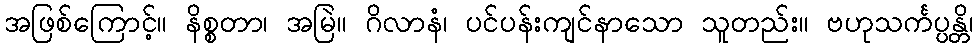
အဖြစ်ကြောင့်။ နိစ္စတာ၊ အမြဲ။ ဂိလာနံ၊ ပင်ပန်းကျင်နာသော သူတည်း။ ဗဟုသင်္ကပ္ပန္တိ၊